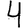
Digit: 4